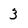
Character: 3